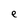
Character: e